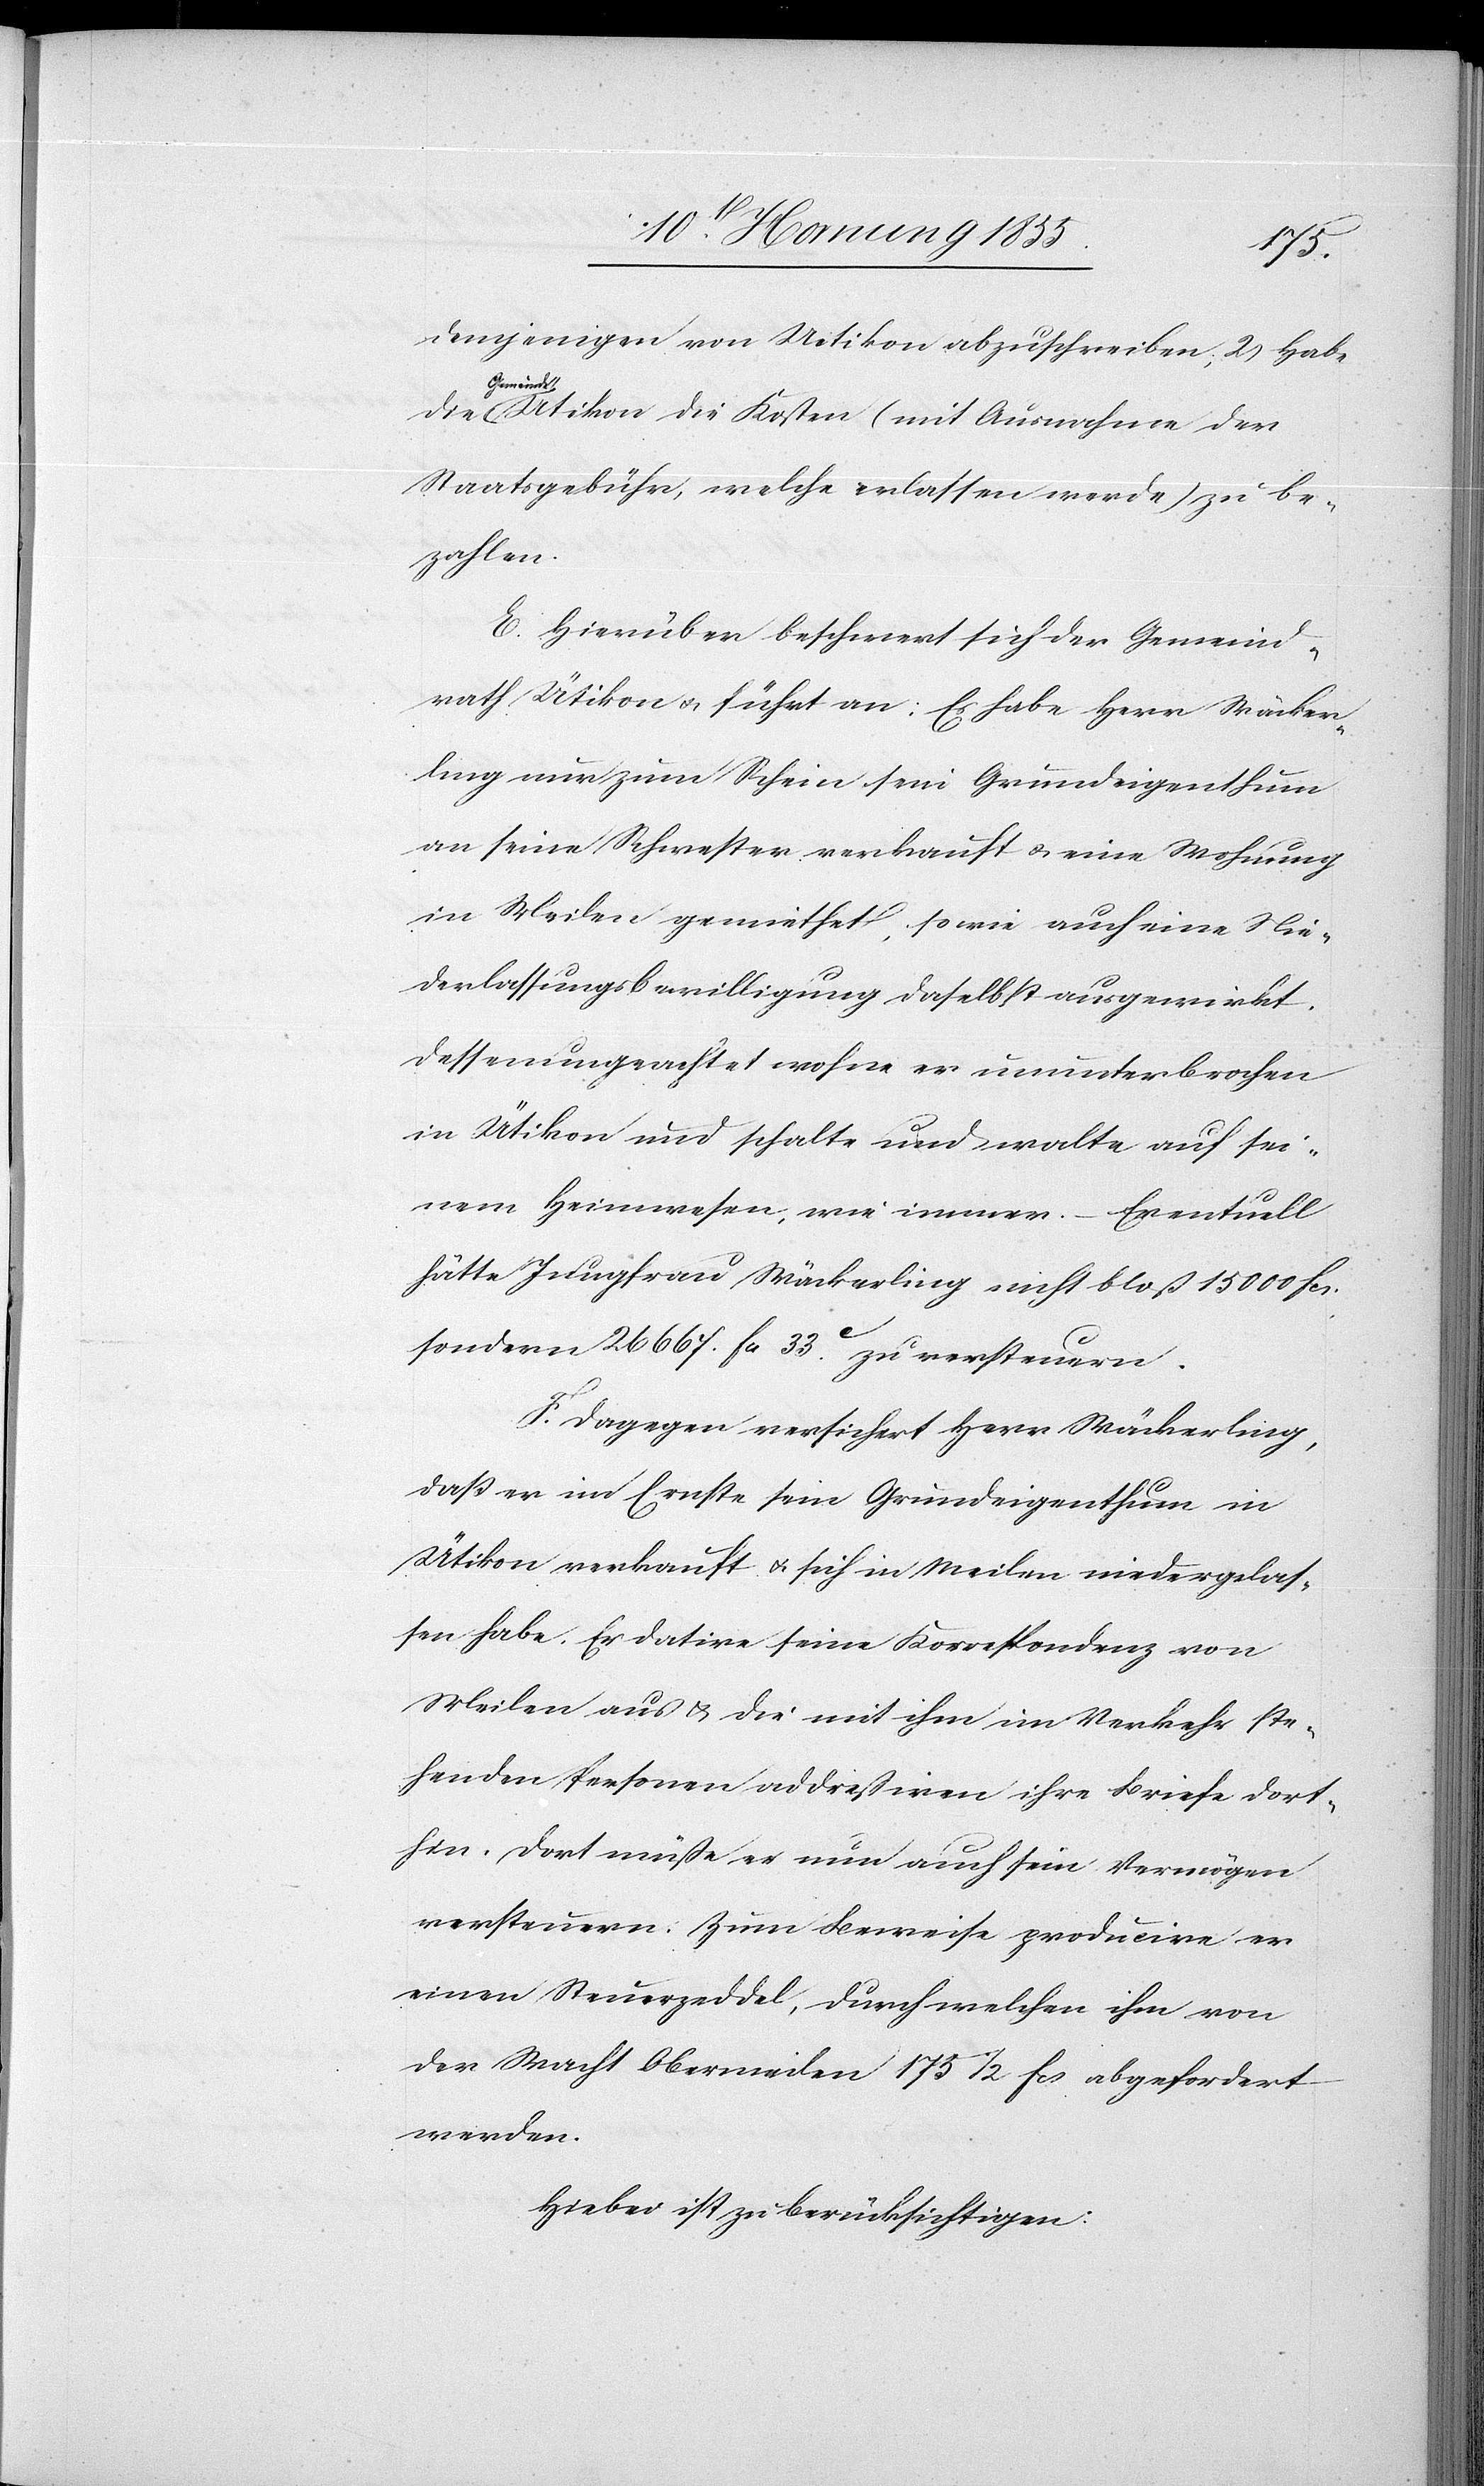
demjenigen von Uetikon abzuschreiben, 2 Habe
Gemein¬
de Ütikon die Kosten (mit Ausnahme der
Staatsgebühr, welche erlassen werde) zu be¬
zahlen.
E. Hierüber beschwert sich der Gemeind¬
rath Ütikon & führt an: Es habe Herr Wäcker¬
ling nur zum Schein sein Grundeigenthum
an seine Schwester verkauft & eine Wohnung
in Meilen gemiethet, sowie auch eine Nie¬
derlassungsbewilligung daselbst ausgewirkt.
Dessenungeachtet wohne er ununterbrochen
in Ütikon und schalte und walte auf sei¬
nem Heimwesen, wie immer. – Eventuell
hätte Jungfrau Wäckerling nicht bloß 15 000 Fcs.
sondern 26 667. Fcs. 33.c zu versteuern.
F. Dagegen versichert Herr Wäckerling,
daß er im Ernste sein Grundeigenthum in
Ütikon verkauft & sich in Meilen niedergelas¬
sen habe. Er datire seine Korrespondenz von
Meilen aus & die mit ihm im Verkehr ste¬
henden Personen addressiren ihre Briefe dort¬
hin. Dort müsse er nun auch sein Vermögen
versteuern. Zum Beweise producire er
einen Steuerzeddel, durch welchen ihm von
der Wacht Obermeilen 175 1/2 Fcs abgefordert
werden.
Hiebei ist zu berücksichtigen: